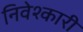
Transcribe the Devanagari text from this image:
निवेश्कारी